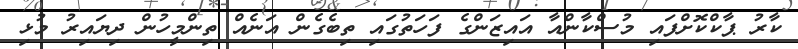
ކާރު ޕާކްކޮށްފައި މުސްކާންއާ އައިޒަންގެ ފަހަތުގައި ތިބެގެން އަނެއް ތިންމީހުން ދިޔައިރު މުޅި